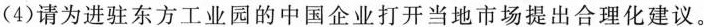
(4)请为进驻东方工业园的中国企业打开当地市场提出合理化建议。